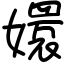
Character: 嬛